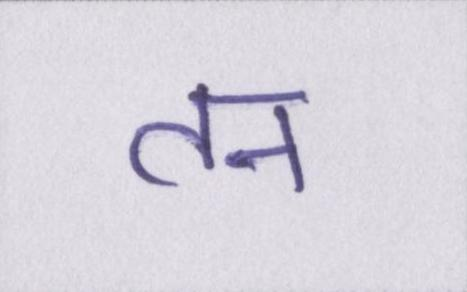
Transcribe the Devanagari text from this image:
तन